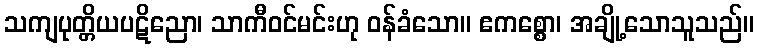
သကျပုတ္တိယပဋိညော၊ သာကီဝင်မင်းဟု ဝန်ခံသော။ ဧကစ္စော၊ အချို့သောသူသည်။